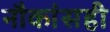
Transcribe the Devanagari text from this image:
नौकांसही